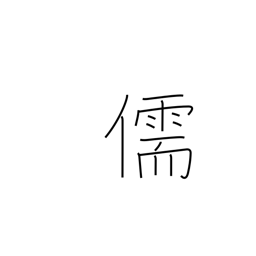
Meaning: Confucian